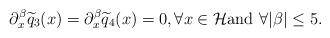
LaTeX: \begin{align*}\partial^\beta_x\widetilde q_{3}( x)=\partial^\beta_x\widetilde q_{4}( x)=0, \forall x\in \mathcal H\mbox{and}\,\,\forall\vert\beta\vert\le 5.\end{align*}